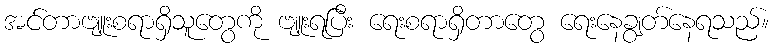
အင်တာဗျူးစရာရှိသူတွေကို ဗျူးရပြီး ရေးစရာရှိတာတွေ ရေးနေချွတ်နေရသည်။